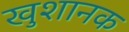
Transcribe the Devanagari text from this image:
खुशानक